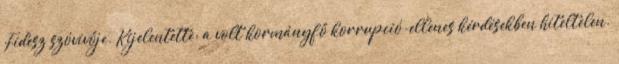
Fidesz szóvivője. Kijelentette: a volt kormányfő korrupció-ellenes kérdésekben hiteltelen.